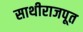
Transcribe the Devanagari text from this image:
साथीराजपूत